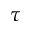
\tau